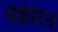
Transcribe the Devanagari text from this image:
सेक्रीटन